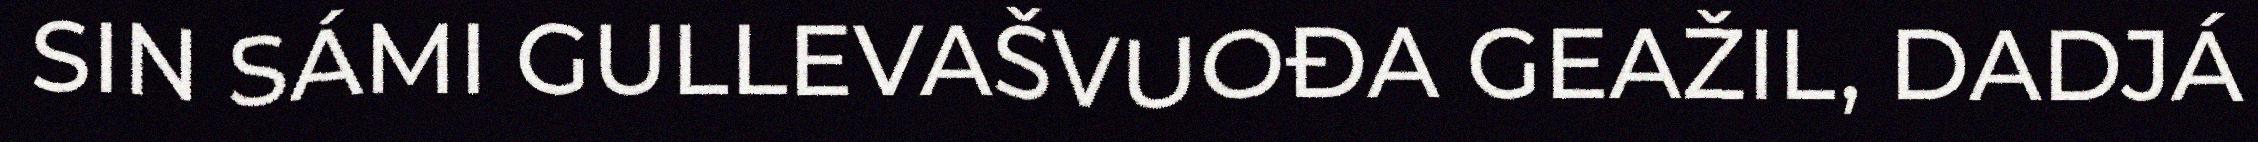
SIN SÁMI GULLEVAŠVUOĐA GEAŽIL, DADJÁ